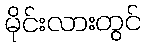
မိုင်းလားတွင်